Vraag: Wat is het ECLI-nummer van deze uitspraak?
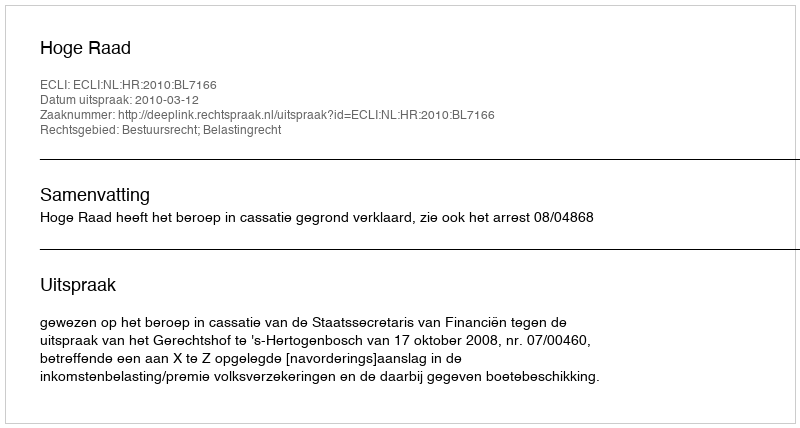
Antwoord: ECLI:NL:HR:2010:BL7166